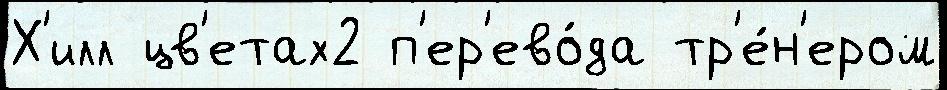
Х'илл цв'етах2 п'ер'ево́да тр'е́н'ером